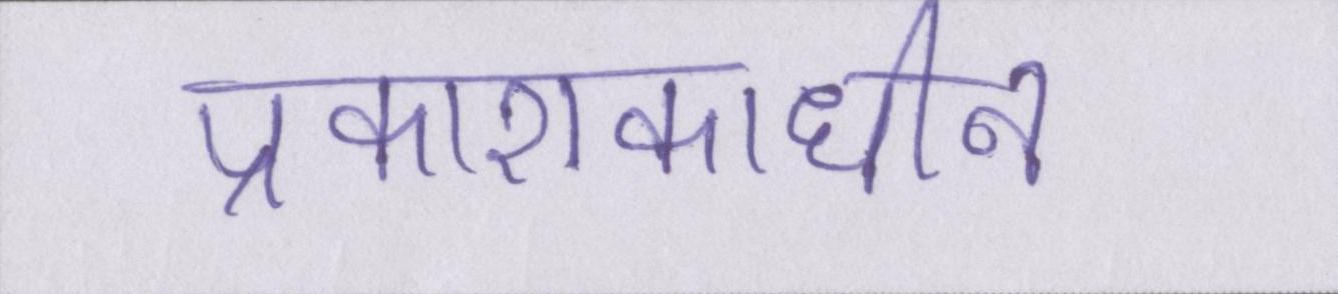
प्रकाशकाधीन